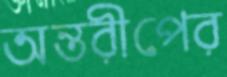
অন্তরীপের